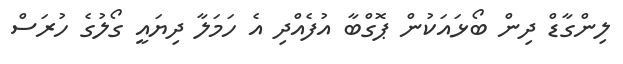
ލިންގާޑް ދިން ބޯޅައަކުން ޕޮގްބާ އުފެއްދި އެ ހަމަލާ ދިޔައީ ގޯލުގެ ހުރަސް